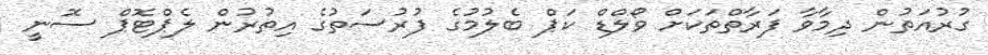
ގުރުއަތުން ދިމާވާ ފަރާތްތަކަށް ވޯލްޑް ކަޕް ބެލުމުގެ ފުރުސަތުގެ އިތުރުން ލެޕްޓޮޕް ސޮނީ